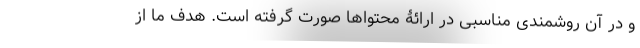
و در آن روشمندی مناسبی در ارائۀ محتواها صورت گرفته است. هدف ما از